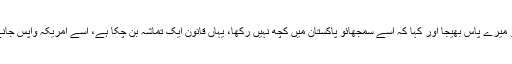
انہوں نے بیٹے کو میرے پاس بھیجا اور کہا کہ اسے سمجھائو پاکستان میں کچھ نہیں رکھا، یہاں قانون ایک تماشہ بن چکا ہے، اسے امریکہ واپس جانے پر راضی کرو۔